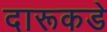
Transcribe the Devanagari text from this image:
दारूकडे